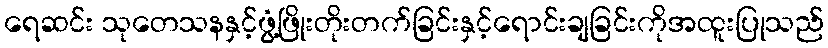
ရေဆင်း သုတေသနနှင့်ဖွံ့ဖြိုးတိုးတက်ခြင်းနှင့်ရောင်းချခြင်းကိုအထူးပြုသည်